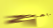
نتراجع